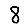
Digit: 8